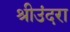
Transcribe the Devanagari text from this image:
श्रीउंदरा